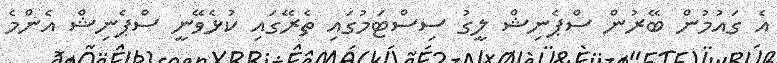
އެ ގައުމުން ބޭރުން ސްޕެނިޝް ލީގު ސިސްޓަމުގައި ތެރޭގައި ކުޅެވޭނީ ސްޕެނިޝް އެންމެ